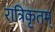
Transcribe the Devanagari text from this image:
रात्रिकृतम्‌